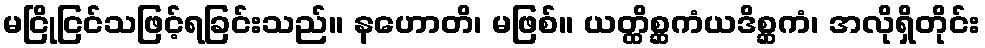
မငြိုငြင်သဖြင့်ရခြင်းသည်။ နဟောတိ၊ မဖြစ်။ ယတ္ထိစ္ဆကံယဒိစ္ဆကံ၊ အလိုရှိတိုင်း